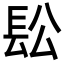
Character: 𨱛